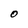
Character: O